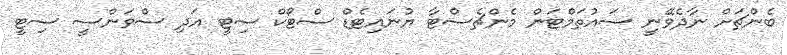
ބެންޗަށް ނާދެވޭނީ ސައުތަމްޓަން މެންޗެސްޓާ ޔުނައިޓެޑް ސްޓޯކް ސިޓީ އަދި ސްވަންސީ ސިޓީ